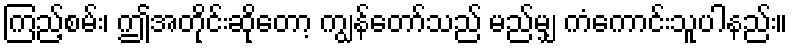
ကြည့်စမ်း၊ ဤအတိုင်းဆိုတော့ ကျွန်တော်သည် မည်မျှ ကံကောင်းသူပါနည်း။